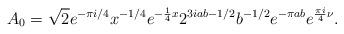
LaTeX: \begin{align*} A_0=\sqrt{2}{e}^{-\pi i/4}x^{-1/4}{e}^{-\frac{1}{4}x}2^{3iab-1/2}b^{-1/2}{e}^{-\pi ab}{e}^{\frac{\pi i}{4}\nu}.\end{align*}